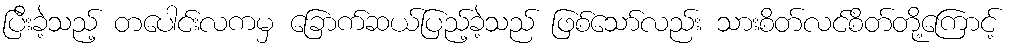
ပြီးခဲ့သည့် တပေါင်းလကမှ ခြောက်ဆယ်ပြည့်ခဲ့သည် ဖြစ်သော်လည်း သားစိတ်လင်စိတ်တို့ကြောင့်